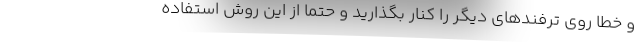
و خطا روی ترفندهای دیگر را کنار بگذارید و حتما از این روش استفاده